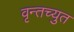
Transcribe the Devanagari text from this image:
वृन्तच्युत